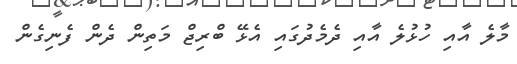
މާލެ އާއި ހުޅުލެ އާއި ދެމެދުގައި އެޅޭ ބްރިޖް މަތިން ދެން ފެނިގެން